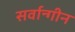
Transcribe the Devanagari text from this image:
सर्वान्गीन